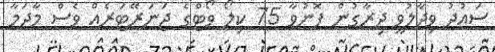
ސައުދު ވިދާލުވީ ދިރާގުން ފޮނުވާ 75 ކިލޯ ވޯޓްގެ ޖަނަރޭޓަރެއް ވެސް މާދަމާ